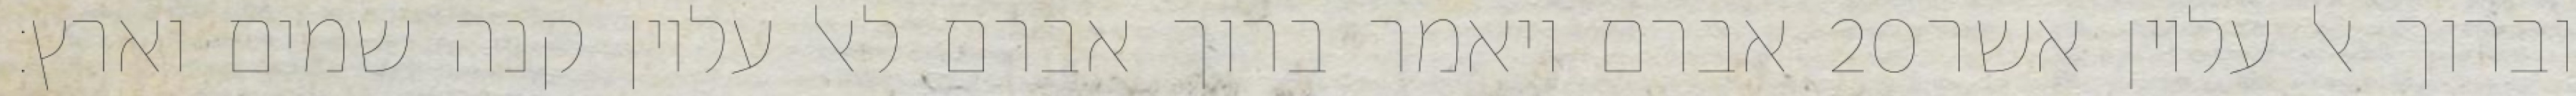
אברם ויאמר ברוך אברם לאל עליון קנה שמים וארץ׃ ‎20‏ וברוך אל עליון אשר